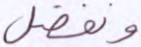
ونفضل